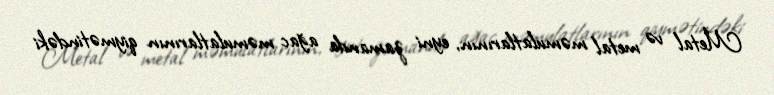
Metal və metal məmulatlarının, eyni zamanda ağac məmulatlarının qiymətindəki